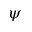
\psi